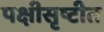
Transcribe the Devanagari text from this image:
पक्षीसृष्टीत